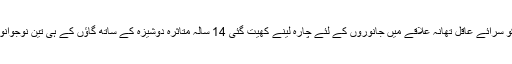
غور طلب ہے کہ 21 ستمبر کو سرائے عاقل تھانہ علاقے میں جانوروں کے لئے چارہ لینے کھیت گئی 14 سالہ متاثرہ دوشیزہ کے ساتھ گاؤں کے ہی تین نوجوانوں نے اجتماعی آبروریزی کی۔